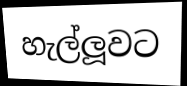
හැල්ලූවට